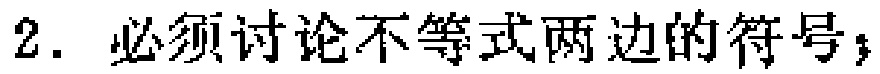
2. 必须讨论不等式两边的符号；